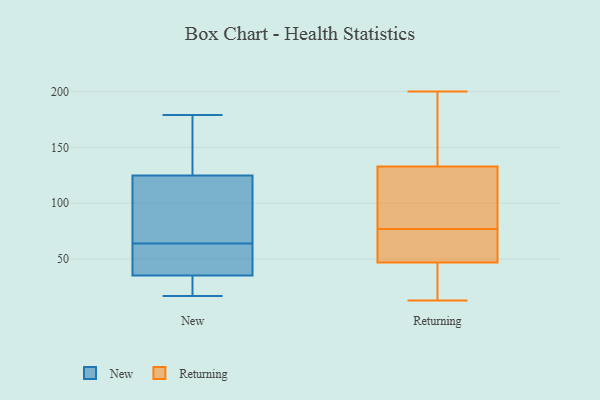
{"axis": {"x": "Backlog", "y": "Value"}, "legend": ["New", "Returning"], "data": [{"x": "", "y": 126, "type": "New"}, {"x": "", "y": 100, "type": "New"}, {"x": "", "y": 25, "type": "New"}, {"x": "", "y": 90, "type": "New"}, {"x": "", "y": 64, "type": "New"}, {"x": "", "y": 35, "type": "New"}, {"x": "", "y": 128, "type": "New"}, {"x": "", "y": 52, "type": "New"}, {"x": "", "y": 36, "type": "New"}, {"x": "", "y": 17, "type": "New"}, {"x": "", "y": 127, "type": "New"}, {"x": "", "y": 179, "type": "New"}, {"x": "", "y": 45, "type": "New"}, {"x": "", "y": 121, "type": "New"}, {"x": "", "y": 126, "type": "New"}, {"x": "", "y": 25, "type": "New"}, {"x": "", "y": 56, "type": "New"}, {"x": "", "y": 83, "type": "New"}, {"x": "", "y": 27, "type": "New"}, {"x": "", "y": 99, "type": "Returning"}, {"x": "", "y": 133, "type": "Returning"}, {"x": "", "y": 150, "type": "Returning"}, {"x": "", "y": 51, "type": "Returning"}, {"x": "", "y": 65, "type": "Returning"}, {"x": "", "y": 48, "type": "Returning"}, {"x": "", "y": 37, "type": "Returning"}, {"x": "", "y": 96, "type": "Returning"}, {"x": "", "y": 200, "type": "Returning"}, {"x": "", "y": 37, "type": "Returning"}, {"x": "", "y": 47, "type": "Returning"}, {"x": "", "y": 87, "type": "Returning"}, {"x": "", "y": 13, "type": "Returning"}, {"x": "", "y": 170, "type": "Returning"}, {"x": "", "y": 67, "type": "Returning"}, {"x": "", "y": 197, "type": "Returning"}, {"x": "", "y": 16, "type": "Returning"}, {"x": "", "y": 121, "type": "Returning"}]}